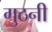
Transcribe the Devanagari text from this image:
गुठनी